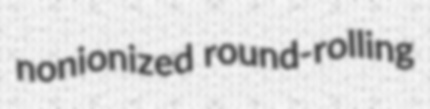
nonionized round-rolling